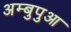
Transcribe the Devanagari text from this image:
अम्बुपुआ